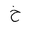
Letter: _kha